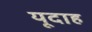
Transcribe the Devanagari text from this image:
यूदाह